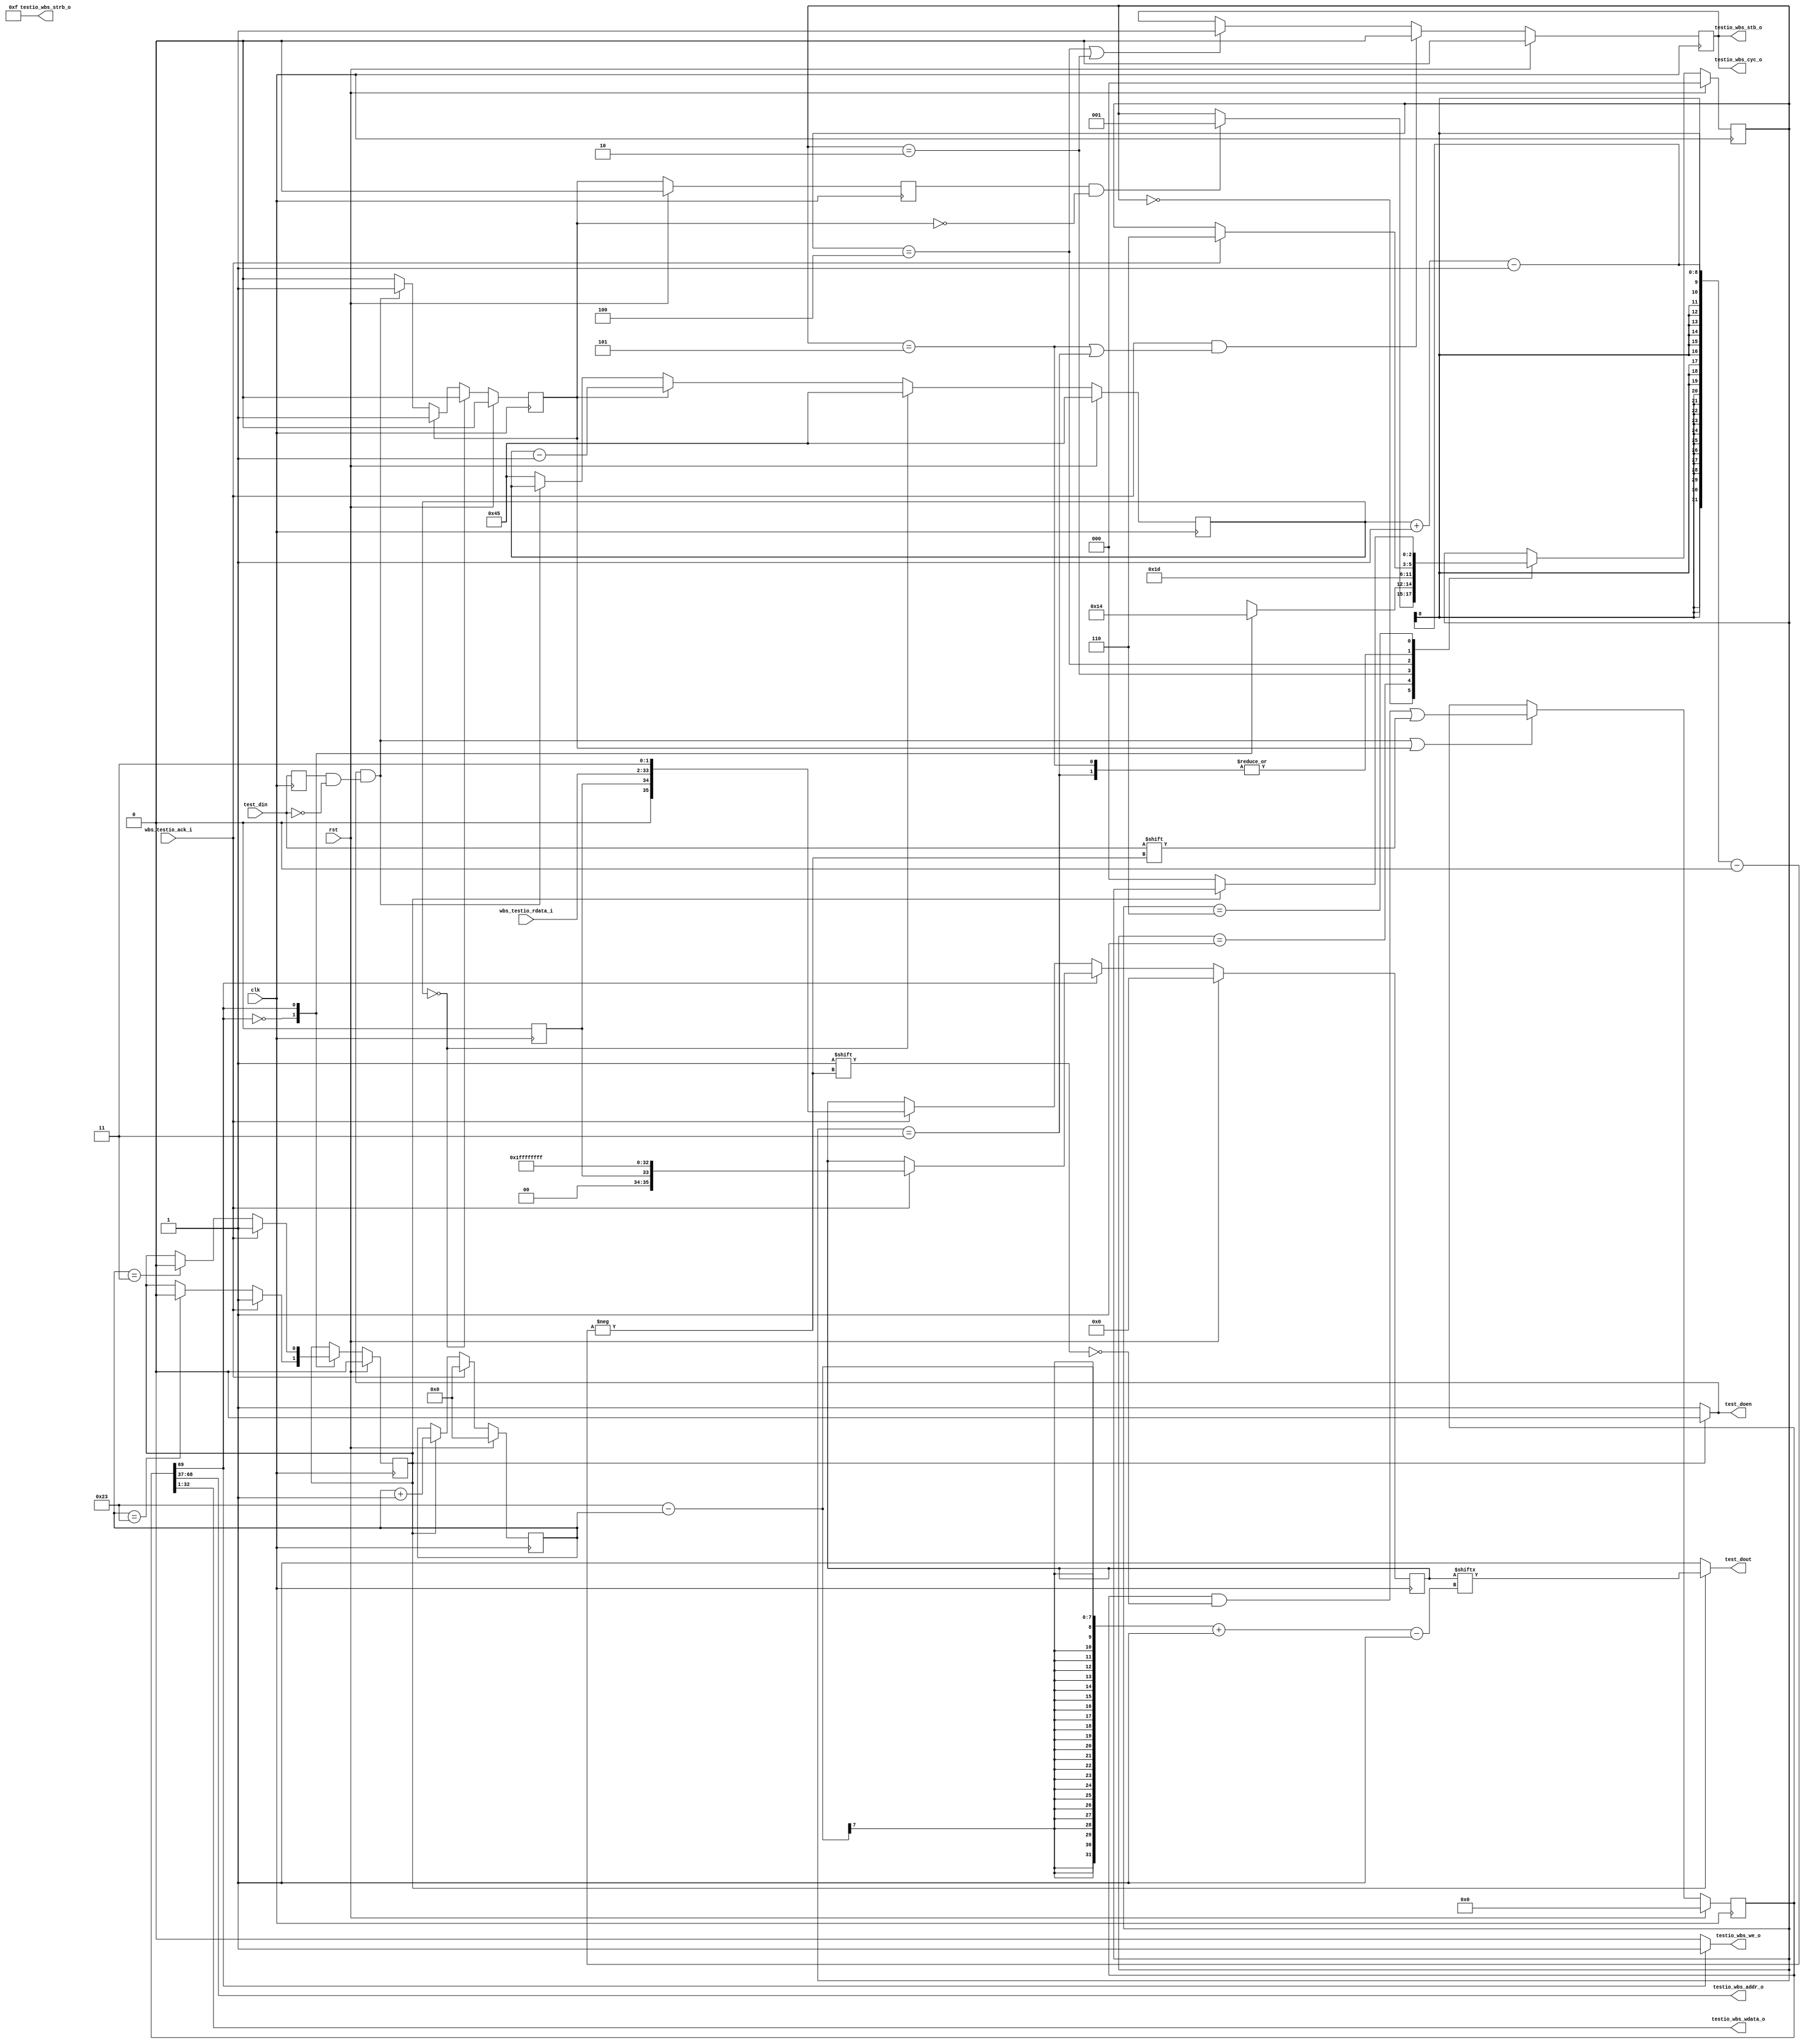
module testio_slave_top #(  
    parameter TI_W = 1,
    parameter BUS_WIDTH = 32
) (
    //testio          
    input               rst,   //Peripheral async reset signal
    // IO Port
    input               clk,
    input      [TI_W-1:0]       test_din,
    output     reg [TI_W-1:0]   test_dout,
    output     reg [TI_W-1:0]   test_doen,
    //mem_if i
    output              testio_wbs_stb_o,
    output       reg       testio_wbs_cyc_o,
    output              testio_wbs_we_o,
    output     [BUS_WIDTH-1:0]   testio_wbs_addr_o,
    output     [BUS_WIDTH-1:0]   testio_wbs_wdata_o,
    output     [(BUS_WIDTH/8)-1:0]    testio_wbs_strb_o,
    input               wbs_testio_ack_i,
    input       [BUS_WIDTH-1:0]  wbs_testio_rdata_i 
);
assign testio_wbs_stb_o =  testio_wbs_cyc_o;
assign testio_wbs_strb_o = 4'hf;

localparam  REQ_READ            = 1'd0;
localparam  REQ_WRITE           = 1'd1;
localparam                   N_CNT_BITS   = 7;
localparam  [N_CNT_BITS-1:0] N_CMD_BITS   = TI_W; //bits number
localparam  [N_CNT_BITS-1:0] N_ADDR_BITS  = BUS_WIDTH;
localparam  [N_CNT_BITS-1:0] N_STRB_BITS  = (TI_W==1) ? (BUS_WIDTH/8) : TI_W; //receive_buffer
localparam  [N_CNT_BITS-1:0] N_DATA_BITS  = BUS_WIDTH;
localparam  [N_CNT_BITS-1:0] N_PRTY_BITS  = TI_W;
localparam  [N_CNT_BITS-1:0] N_ACK_BITS   = TI_W;
localparam  [N_CNT_BITS-1:0] N_STOP_BITS   = TI_W;
localparam  [N_CNT_BITS-1:0] N_CMDBUF_BITS = N_CMD_BITS + N_ADDR_BITS + N_DATA_BITS + N_STRB_BITS + N_PRTY_BITS; //startcommand
localparam CMD_CYC = 1;  //cycle number
localparam ADDR_CYC = BUS_WIDTH/TI_W;
localparam STRB_CYC  = (TI_W == 1) ? (BUS_WIDTH/8) : 1; 
localparam DATA_CYC  = BUS_WIDTH/TI_W;
localparam PRTY_CYC  = 1;
localparam ACK_CYC  = 1;
localparam STOP_CYC = 1;


localparam  [N_CMD_BITS-1:0] CMD_RD       = 0;
localparam  [N_CMD_BITS-1:0] CMD_WR       = 1;
localparam                   START        = 1'b0;
localparam                   STOP         = 1;
localparam  [N_ACK_BITS-1:0] ACK_OK       = {N_ACK_BITS{1'b0}};
localparam  [N_ACK_BITS-1:0] ACK_ERR      = {N_ACK_BITS{1'b1}};

wire [N_DATA_BITS-1:0] resp_data;

localparam CDC_IDLE = 3'd0;
localparam CDC_CMD = 3'd1;
localparam CDC_RREQ = 3'd2;
localparam CDC_RRSP = 3'd3;
localparam CDC_WREQ = 3'd4;
localparam CDC_WRSP = 3'd5;
localparam CDC_BACK = 3'd6;
reg [2:0] rff_cdcst, next_cdcst;

// the function of dff_test_din is to detect start signal
reg dff_test_din;
always @(posedge clk) begin
    dff_test_din <= test_din;
end

reg test_din_en;
reg dff_test_din_en;
wire test_din_neg;

reg [N_CNT_BITS-1:0] rff_cmd_idx_max;
reg [N_CNT_BITS-1:0] rff_cmd_idx;

assign test_din_neg = (dff_test_din == 1'b1) && (test_din == 1'b0);//start

always @(posedge clk) begin
    if (rst) 
        dff_test_din_en <= 1'd0;
    else 
        dff_test_din_en <= test_din_en;
end

wire [N_CMD_BITS-1:0]    cmd;
always @(*) begin
    if (cmd==CMD_WR)
        rff_cmd_idx_max = N_CNT_BITS + N_STRB_BITS + N_DATA_BITS + N_PRTY_BITS;  
    else if (cmd==CMD_RD)
        rff_cmd_idx_max = N_CNT_BITS  + N_DATA_BITS + N_PRTY_BITS;  
    else 
        rff_cmd_idx_max = {N_CNT_BITS{1'b1}};
end

always @(posedge clk) begin
    if (rst) begin
        rff_cmd_idx <= N_CMDBUF_BITS-1;
        test_din_en <= 1'b0;
    end else if (rff_cmd_idx == TI_W-1) begin
        test_din_en <= 1'b0;
        rff_cmd_idx <= N_CMDBUF_BITS-1;
    end else if (test_din_en) begin//followed start signal and receive bit stream
        rff_cmd_idx <= rff_cmd_idx - TI_W;
    end else if (test_doen && test_din_neg) begin //start signal
        test_din_en <= 1'b1;
        // rff_cmd_idx <= rff_cmd_idx - TI_W;
    end else begin
        rff_cmd_idx <= N_CMDBUF_BITS-1;
        test_din_en <= 1'b0;
    end
end

reg [N_CMDBUF_BITS-1:0] dff_cmdbuf;
always @(posedge clk) begin
    if(rst) begin
        dff_cmdbuf <= 'h0;
    end else if ((test_doen && test_din_neg) | test_din_en) begin
        dff_cmdbuf[rff_cmd_idx -: TI_W] <= test_din;
    end
end

wire [N_ADDR_BITS-1:0]   addr;
wire [N_STRB_BITS-1:0]   wstrb;
wire [N_DATA_BITS-1:0]   wdata;
// wire [N_PRTY_BITS-1:0]   prty;

generate
// for (genvar i = 0; i < N_CMD_BITS; i++) begin : CMD_REORDER_GEN    // 0
    assign cmd   = dff_cmdbuf[N_CMDBUF_BITS-1];  //parity
// end
// for (genvar i = 0; i < N_ADDR_BITS; i++) begin : ADDR_REORDER_GEN  //
    assign addr  = dff_cmdbuf[N_CMDBUF_BITS-N_CMD_BITS-1 -: N_ADDR_BITS];
// end
// for (genvar i = 0; i < BUS_WIDTH/8; i++) begin : STRB_REORDER_GEN
    // assign wstrb = dff_cmdbuf[N_CMDBUF_BITS-N_CMD_BITS-N_ADDR_BITS-1 -: N_STRB_BITS];
// end
// for (genvar i = 0; i < N_DATA_BITS; i++) begin : WDATA_REORDER_GEN
    assign wdata = dff_cmdbuf[N_CMDBUF_BITS-N_CMD_BITS-N_ADDR_BITS-N_STRB_BITS-1 -: N_DATA_BITS];
// end
// for (genvar i = 0; i < N_PRTY_BITS; i++) begin : PRTY_REORDER_GEN
//     assign prty[i]  = (cmd==CMD_WR) ?  dff_cmdbuf[N_CMD_BITS + N_ADDR_BITS + N_STRB_BITS + N_DATA_BITS + N_PRTY_BITS - i] :
//                                                 dff_cmdbuf[N_CMD_BITS + N_ADDR_BITS + N_PRTY_BITS - i];
// end
endgenerate


reg [N_ACK_BITS-1:0] ack;


always @(posedge clk) begin
// if (cmd==CMD_WR) 
//     ack <= (prty==prty_wreq_exp) ? ACK_OK : ACK_ERR;
// else if (cmd==CMD_RD)
//     ack <= (prty==prty_rreq_exp) ? ACK_OK : ACK_ERR;
// else 
    ack <= 1'b0;
end

reg [TI_W+N_ACK_BITS+N_DATA_BITS+N_PRTY_BITS+TI_W-1:0] dff_payload;
reg [N_CNT_BITS-1:0]                             rff_payload_idx;
reg                                              rff_payload_in_progress;

always @(posedge clk) begin
    if (rst) begin
        dff_payload <= 'h0;
    end
    else begin
        if (cmd==CMD_RD) begin
            if (wbs_testio_ack_i) //dff_payload1payload_idx
                dff_payload <= {{TI_W{1'b0}}, {TI_W{ack}}, resp_data, {TI_W{1'b1}}, {TI_W{1'b1}}};  // bit stream to back
                // dff_payload <= 36'h0;
            else /*if (rff_payload_idx == (1+N_ACK_BITS+N_DATA_BITS+N_PRTY_BITS+1-1))*/
                dff_payload <= dff_payload;
        end else if (cmd==CMD_WR) begin
            if ((wbs_testio_ack_i))
                dff_payload <= {{TI_W{1'b0}}, ack, {TI_W{1'b1}}, 32'hFFFF_FFFF};  //  what's that?   //slave
            else /*if (rff_payload_idx == (1+N_ACK_BITS+1-1))*/
                dff_payload <= dff_payload;
        end else begin
            dff_payload <= dff_payload;
        end
    end
end

always @(negedge clk) begin
if (rst) 
    rff_payload_idx <= {N_CNT_BITS{1'b0}};
else case (cmd)
    CMD_RD: begin
        if (wbs_testio_ack_i) 
            rff_payload_idx <= {N_CNT_BITS{1'b0}};
        else if (rff_payload_in_progress)
            rff_payload_idx <= rff_payload_idx + TI_W;
    end
    CMD_WR: begin
        if (wbs_testio_ack_i) 
            rff_payload_idx <= {N_CNT_BITS{1'b0}};
        else if (rff_payload_in_progress) 
            rff_payload_idx <= rff_payload_idx + TI_W;
    end
endcase 
end

always @(negedge clk) begin
    if (rst) 
        rff_payload_in_progress <= 1'b0;
    else begin
        case (cmd)
            CMD_RD: begin
            if (wbs_testio_ack_i) 
                rff_payload_in_progress <= 1'b1;
            else if (rff_payload_idx == (TI_W+N_ACK_BITS+N_DATA_BITS+N_PRTY_BITS+TI_W - TI_W)) //finish 
                rff_payload_in_progress <= 1'b0;
            end
            CMD_WR: begin
            if (wbs_testio_ack_i)
                rff_payload_in_progress <= 1'b1;
            else if (rff_payload_idx == (TI_W+N_ACK_BITS+N_PRTY_BITS+TI_W-TI_W)) //finish 
                rff_payload_in_progress <= 1'b0;
            end
        endcase 
    end
end



always @(posedge clk) begin
    if (rst) begin
        rff_cdcst <= CDC_IDLE;
    end else begin
        rff_cdcst <= next_cdcst;
    end
end

always @(*) begin
    next_cdcst = rff_cdcst; //cdcst is the state
    case (rff_cdcst)
        CDC_IDLE: begin
            if (dff_test_din_en && !test_din_en) begin //!test_din_en
                next_cdcst = CDC_CMD;
            end
        end
        CDC_CMD: begin
            case (cmd)
                CMD_RD: begin
                next_cdcst = CDC_RREQ;
                end
                CMD_WR: begin
                next_cdcst = CDC_WREQ;
                end
                default: begin
                next_cdcst = CDC_IDLE;
                end
            endcase
        end
        CDC_RREQ: begin
            // if (req_ready_i) begin
                next_cdcst = CDC_RRSP;
            // end
        end
        CDC_RRSP: begin
            if (wbs_testio_ack_i) begin
                next_cdcst = CDC_BACK;
            end
        end
        CDC_WREQ: begin
            // if (req_ready_i) begin
                next_cdcst = CDC_WRSP;
            // end
        end
        CDC_WRSP: begin
            if (wbs_testio_ack_i) begin
                next_cdcst = CDC_BACK;
            end
        end
        CDC_BACK: begin
            if (!rff_payload_in_progress) begin
                next_cdcst = CDC_IDLE;
            end
        end
    endcase
end

always @(*) begin
    test_doen = {TI_W{1'b1}};
    // default output high
    test_dout = {TI_W{1'b1}};
    if (rff_payload_in_progress == 1'b1) begin
        test_doen = {TI_W{1'b0}};
        test_dout = dff_payload[N_CMD_BITS + N_ACK_BITS + N_DATA_BITS + N_PRTY_BITS + N_STOP_BITS - 1 - rff_payload_idx -: TI_W];
    end
end

// assign req_valid_o     = (rff_cdcst == CDC_WREQ) | (rff_cdcst == CDC_RREQ);

always @(posedge clk) begin
    if(rst) begin
        testio_wbs_cyc_o <= 1'b0;
    end else begin
        if(wbs_testio_ack_i && ((rff_cdcst == CDC_WRSP) | (rff_cdcst == CDC_RRSP)))
            testio_wbs_cyc_o <= 1'b0;
        else if((rff_cdcst == CDC_WREQ) | (rff_cdcst == CDC_RREQ))
            testio_wbs_cyc_o <= 1'b1;
    end
end

assign testio_wbs_we_o  = cmd ? REQ_WRITE : REQ_READ;
assign testio_wbs_addr_o = addr[31:0];
assign testio_wbs_wdata_o  = wdata[31:0];
assign resp_data  = wbs_testio_rdata_i;

endmodule